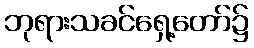
ဘုရားသခင်ရှေ့တော်၌